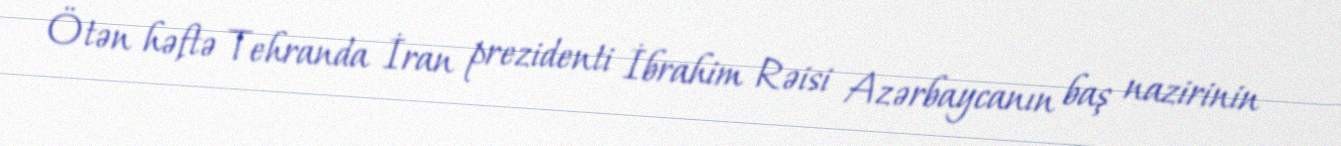
Ötən həftə Tehranda İran prezidenti İbrahim Rəisi Azərbaycanın baş nazirinin